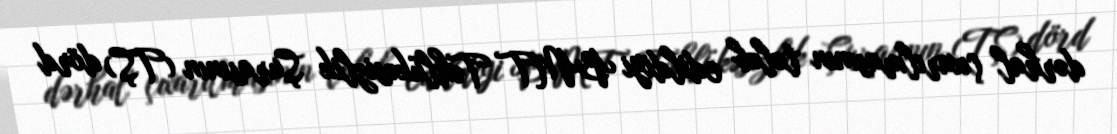
dərhal çıxarılmasının tələb edildiyi BMT Təhlükəsizlik Şurasının (TŞ) dörd